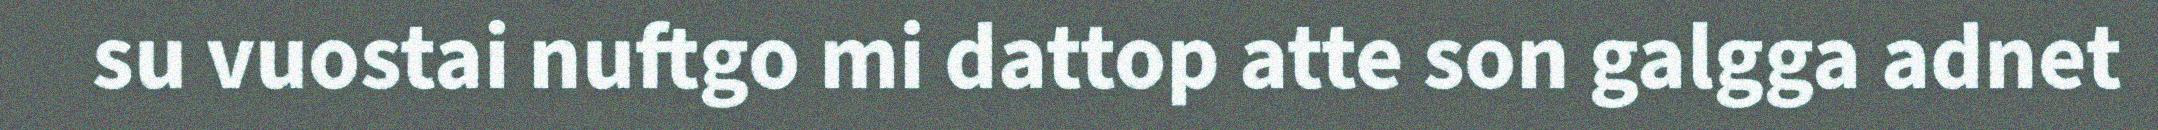
su vuostai nuftgo mi dattop atte son galgga adnet